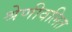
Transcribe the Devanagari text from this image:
श्रेणीवलित